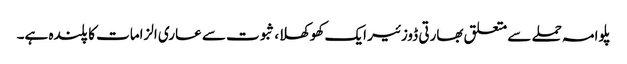
پلوامہ حملے سے متعلق بھارتی ڈوزئیر ایک کھوکھلا، ثبوت سے عاری الزامات کا پلندہ ہے۔